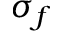
\sigma _ { f }